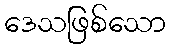
ဒေသဖြစ်သော